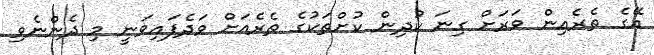
އޭގެ ތެރެއިން ވަރަށް ގިނަ ކުދިން ކުށްތަކުގެ ތެރެއަށް ވަދެފައިވަނީ މި ދެންނެވި